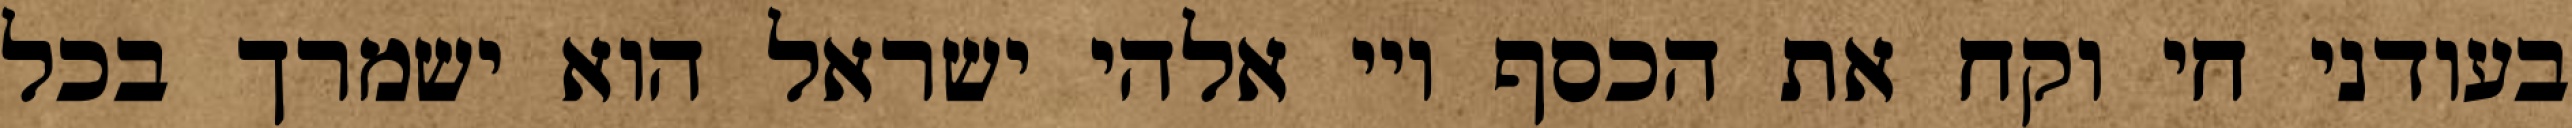
בעודני חי וקח את הכסף ויי אלהי ישראל הוא ישמרך בכל